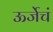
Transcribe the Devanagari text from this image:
ऊर्जेचं